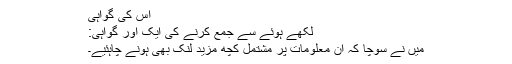
اس کی گواہی
لکھے ہوئے سے جمع کرنے کی ایک اور گواہی:
میں نے سوچا کہ ان معلومات پر مشتمل کچھ مزید لنک بھی ہونے چاہئیے۔